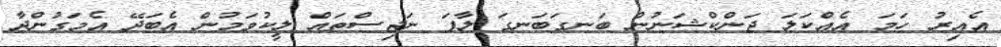
އެއިރު ހަމަ އެއްކަލަ ޖަންކްޝަނުން ބަނގަބަނގަ ލާފަ ނަޖިސްތައް ލީކުވަމުން އެބަދޭ އެމަގުންދާ